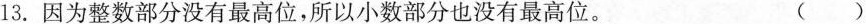
13. 因为整数部分没有最高位，所以小数部分也没有最高位。 ()